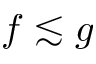
f \lesssim g